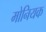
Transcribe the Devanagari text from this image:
मोनियक